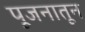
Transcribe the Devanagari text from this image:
पूजनातून